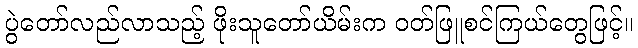
ပွဲတော်လည်လာသည့် ဖိုးသူတော်ယိမ်းက ဝတ်ဖြူစင်ကြယ်တွေဖြင့်။